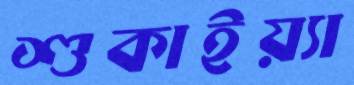
শুকাইয়্যা